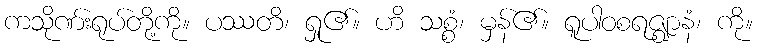
ကသိုဏ်းရုပ်တို့ကို။ ပဿတိ၊ ရှု၏။ ဟိ သစ္စံ၊ မှန်၏။ ရူပါဝစရဇ္ဈာနံ၊ ကို။